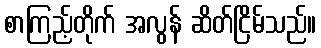
စာကြည့်တိုက် အလွန် ဆိတ်ငြိမ်သည်။